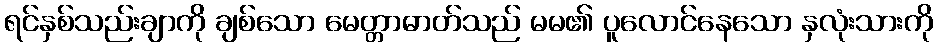
ရင်နှစ်သည်းချာကို ချစ်သော မေတ္တာဓာတ်သည် မမ၏ ပူလောင်နေသော နှလုံးသားကို